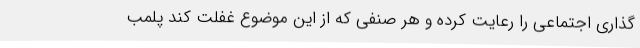
گذاری اجتماعی را رعایت کرده و هر صنفی که از این موضوع غفلت کند پلمب